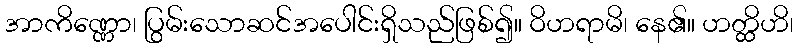
အာကိဏ္ဏော၊ ပြွမ်းသောဆင်အပေါင်းရှိသည်ဖြစ်၍။ ဝိဟရာမိ၊ နေ၏။ ဟတ္ထိဟိ၊